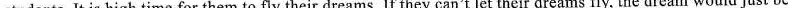
students. It is high time for them to fly their dreams. If they can't let their dreams fly, the dream would just be